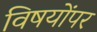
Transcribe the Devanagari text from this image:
विषयोंपर